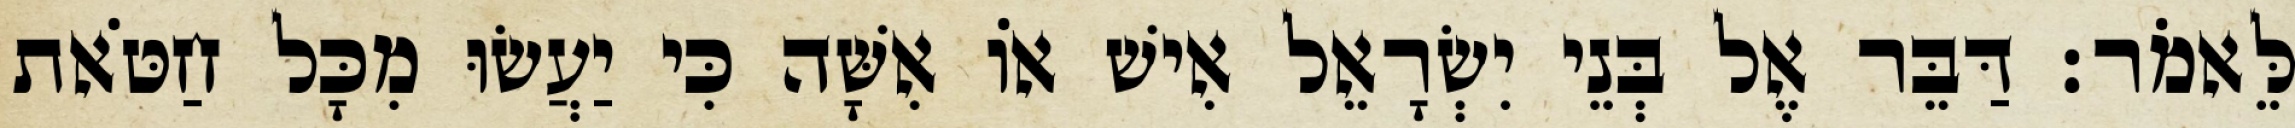
לֵּאמֹר׃ דַּבֵּר אֶל בְּנֵי יִשְׂרָאֵל אִישׁ אוֹ אִשָּׁה כִּי יַעֲשׂוּ מִכָּל חַטֹּאת